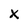
Character: x